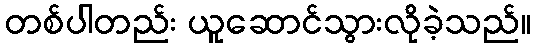
တစ်ပါတည်း ယူဆောင်သွားလိုခဲ့သည်။